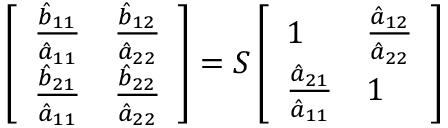
\left[ \begin{array} { l l } { \frac { \hat { b } _ { 1 1 } } { \hat { a } _ { 1 1 } } } & { \frac { \hat { b } _ { 1 2 } } { \hat { a } _ { 2 2 } } } \\ { \frac { \hat { b } _ { 2 1 } } { \hat { a } _ { 1 1 } } } & { \frac { \hat { b } _ { 2 2 } } { \hat { a } _ { 2 2 } } } \end{array} \right] = \boldsymbol { S } \left[ \begin{array} { l l } { 1 } & { \frac { \hat { a } _ { 1 2 } } { \hat { a } _ { 2 2 } } } \\ { \frac { \hat { a } _ { 2 1 } } { \hat { a } _ { 1 1 } } } & { 1 } \end{array} \right]